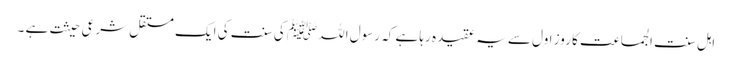
اہل سنت الجماعت کا روزِ اول سے یہ عقیدہ رہا ہے کہ رسول اللہ ﷺ کی سنت کی ایک مستقل شرعی حیثت ہے ۔